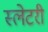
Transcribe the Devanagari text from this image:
स्लेटरी